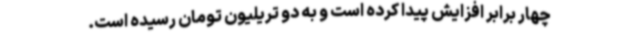
چهار برابر افزایش پیدا کرده است و به دو تریلیون تومان رسیده است.